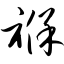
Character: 褛